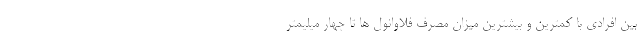
بین افرادی با کمترین و بیشترین میزان مصرف فلاوانول ها تا چهار میلیمتر